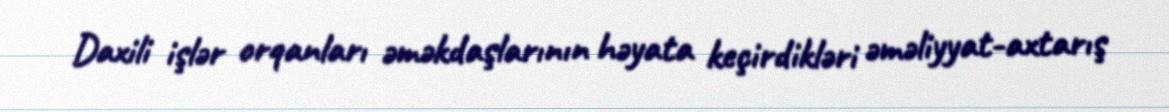
Daxili işlər orqanları əməkdaşlarının həyata keçirdikləri əməliyyat-axtarış